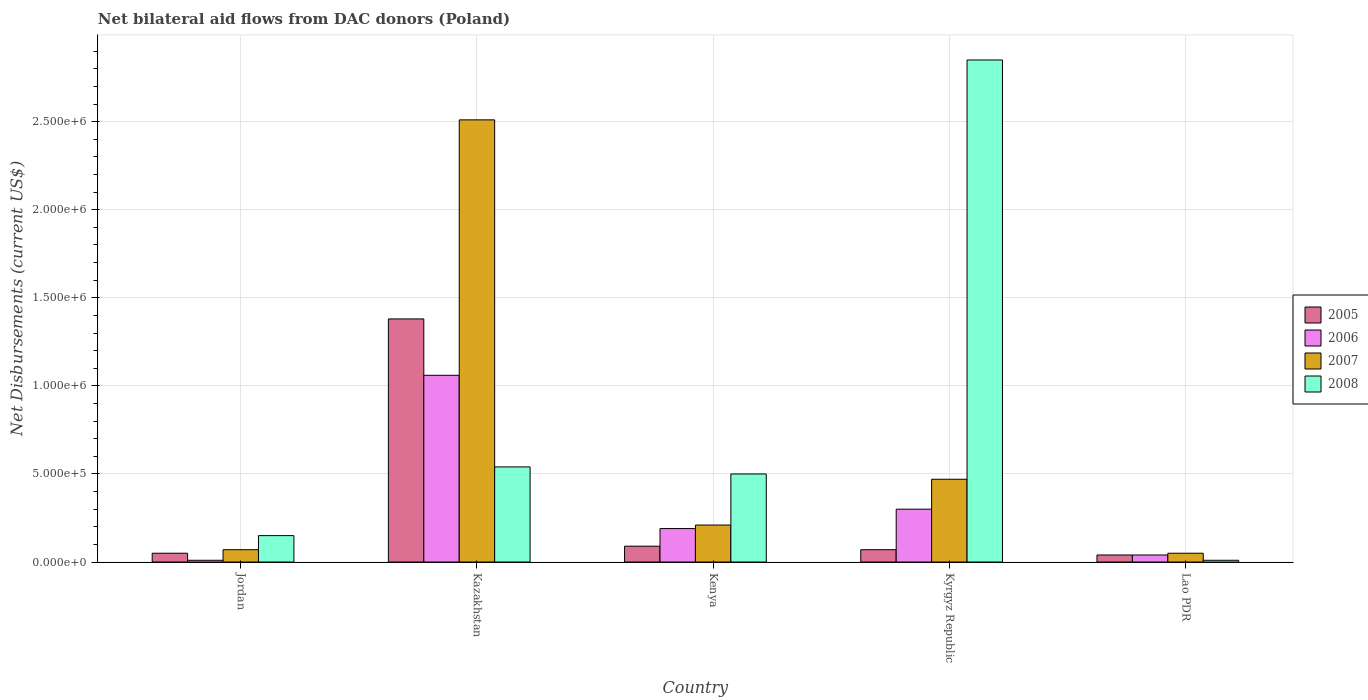
| Country | 2005 | 2006 | 2007 | 2008 |
 | --- | --- | --- | --- | --- |
 | Jordan | 5e+04 | 1e+04 | 7e+04 | 1.5e+05 |
 | Kazakhstan | 1.38e+06 | 1.06e+06 | 2.51e+06 | 5.4e+05 |
 | Kenya | 9e+04 | 1.9e+05 | 2.1e+05 | 5e+05 |
 | Kyrgyz Republic | 7e+04 | 3e+05 | 4.7e+05 | 2.85e+06 |
 | Lao PDR | 4e+04 | 4e+04 | 5e+04 | 1e+04 |